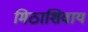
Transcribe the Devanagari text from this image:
मिठाशिवाय